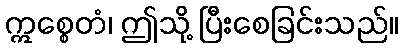
ဣစ္စေတံ၊ ဤသို့ ပြီးစေခြင်းသည်။